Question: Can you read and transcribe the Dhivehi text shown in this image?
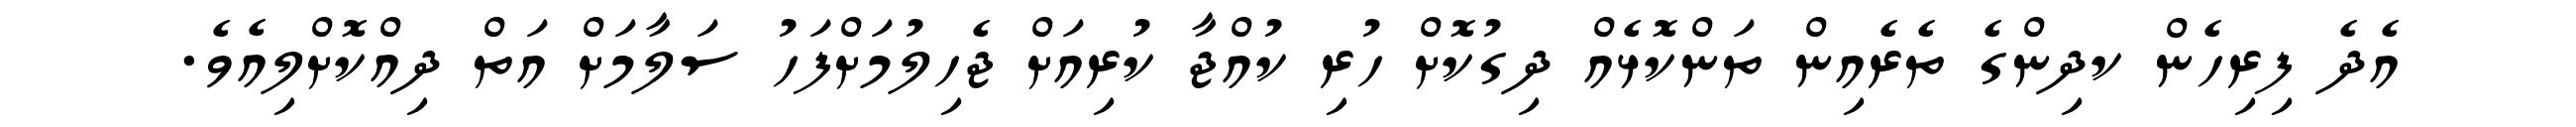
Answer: އެދެ ފިރިހެން ކދިންގެ ތެރެއިން ތަންކޮޅެއް ދިގުކޮށް ހުރި ކުއްޖާ ކުރިއަށް ޖެހިލުމަށްފަހު ސަލާމަށް އަތް ދިއްކޮށްލިއެވެ.